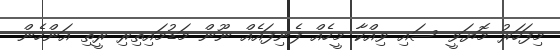
މިފަހަރު މޮޔަވީ ސައި ވިއްކާ މީހެއް ފެނިފައެއް ނޫން މަޑުމައިތިރި ރީތި އަންހެން